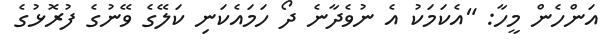
އަންހެން މީހާ: "އެކަމަކު އެ ނުވެދާނެ ދޯ ހަމައެކަނި ކަލޭގެ ވޭނުގެ ފުރޮޅުގެ